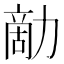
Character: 𠢗